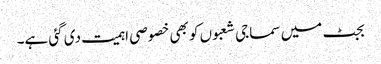
بجٹ میں سماجی شعبوں کو بھی خصوصی اہمیت دی گئی ہے۔